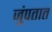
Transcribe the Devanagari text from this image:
जुंपतात